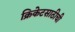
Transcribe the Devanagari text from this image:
क्रिकेटसाठीची